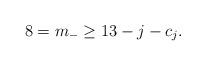
LaTeX: \begin{align*}8=m_{-}\geq 13-j-c_j.\end{align*}